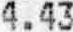
4.43